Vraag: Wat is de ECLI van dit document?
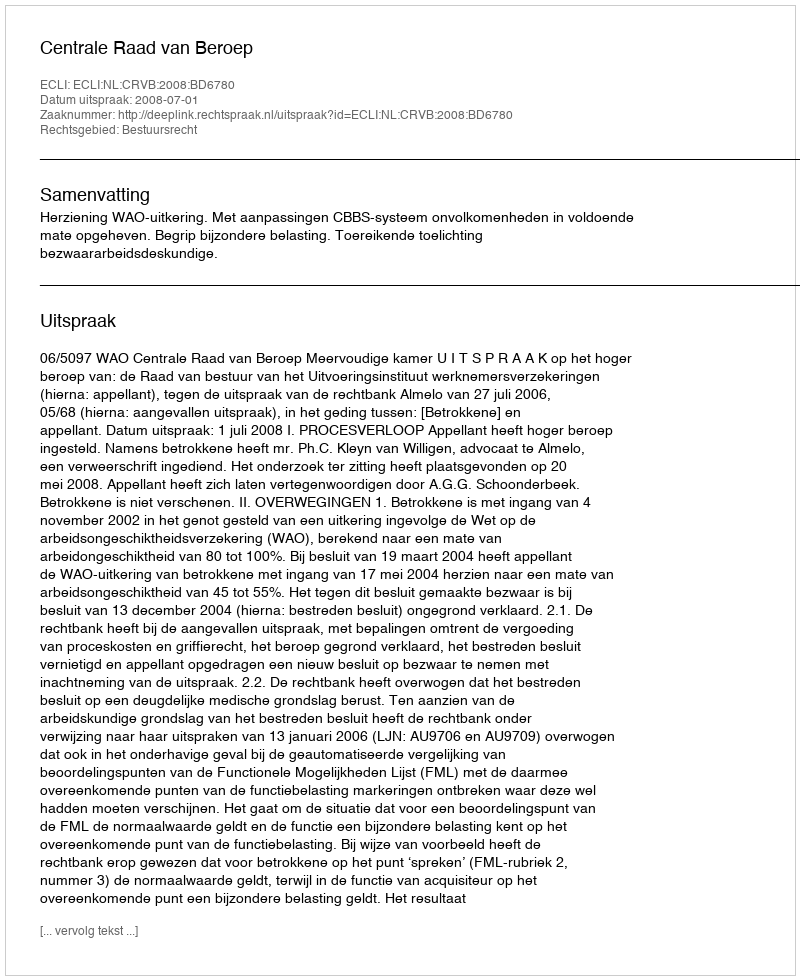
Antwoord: ECLI:NL:CRVB:2008:BD6780